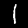
Label: 1